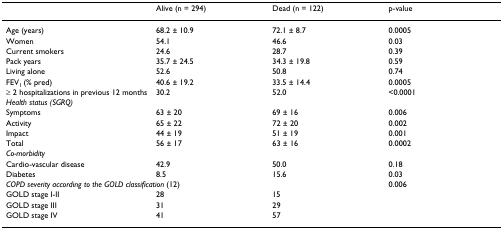
<table><thead><tr><td></td><td><b>Alive (n = 294)</b></td><td><b>Dead (n = 122)</b></td><td><b>p-value</b></td></tr></thead><tbody><tr><td>Age (years)</td><td>68.2 ± 10.9</td><td>72.1 ± 8.7</td><td>0.0005</td></tr><tr><td>Women</td><td>54.1</td><td>46.6</td><td>0.03</td></tr><tr><td>Current smokers</td><td>24.6</td><td>28.7</td><td>0.39</td></tr><tr><td>Pack years</td><td>35.7 ± 24.5</td><td>34.3 ± 19.8</td><td>0.59</td></tr><tr><td>Living alone</td><td>52.6</td><td>50.8</td><td>0.74</td></tr><tr><td>FEV<sub>1 </sub>(% pred)</td><td>40.6 ± 19.2</td><td>33.5 ± 14.4</td><td>0.0005</td></tr><tr><td>≥ 2 hospitalizations in previous 12 months</td><td>30.2</td><td>52.0</td><td>&lt;0.0001</td></tr><tr><td><i>Health status (SGRQ)</i></td><td></td><td></td><td></td></tr><tr><td>Symptoms</td><td>63 ± 20</td><td>69 ± 16</td><td>0.006</td></tr><tr><td>Activity</td><td>65 ± 22</td><td>72 ± 20</td><td>0.002</td></tr><tr><td>Impact</td><td>44 ± 19</td><td>51 ± 19</td><td>0.001</td></tr><tr><td>Total</td><td>56 ± 17</td><td>63 ± 16</td><td>0.0002</td></tr><tr><td><i>Co-morbidity</i></td><td></td><td></td><td></td></tr><tr><td>Cardio-vascular disease</td><td>42.9</td><td>50.0</td><td>0.18</td></tr><tr><td>Diabetes</td><td>8.5</td><td>15.6</td><td>0.03</td></tr><tr><td colspan="3"><i>COPD severity according to the GOLD classification </i>(12)</td><td>0.006</td></tr><tr><td>GOLD stage I-II</td><td>28</td><td>15</td><td></td></tr><tr><td>GOLD stage III</td><td>31</td><td>29</td><td></td></tr><tr><td>GOLD stage IV</td><td>41</td><td>57</td><td></td></tr></tbody></table>